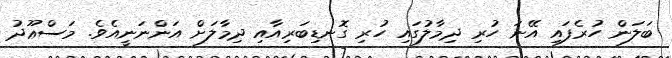
ބަލަން ހުރެފައި އޭނަ ހުރި ދިމާލުގައި ހުރި ގޮނޑިބަރިއާއި ދިމާލަށް އަންނަނީއެވެ. މަސްޢޫދު